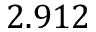
2 . 9 1 2